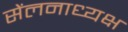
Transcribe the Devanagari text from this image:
सेंलनाध्यक्ष